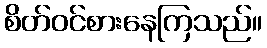
စိတ်ဝင်စားနေကြသည်။